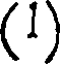
(1)